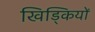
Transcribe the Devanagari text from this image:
खिड्कियों